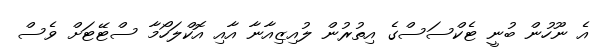
އެ ނޫހުން ބުނީ ޓެކްސަސްގެ އިތުރުން ލުއިޒިއާނާ އާއި އޮކްލަހޯމާ ސްޓޭޓަށް ވެސް